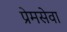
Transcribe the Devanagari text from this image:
प्रेमसेवा